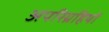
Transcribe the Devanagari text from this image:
अपरिग्रहियों